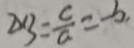
2 \times 3 = \frac { c } { a } = - b ,